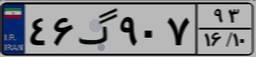
۲۸گ۴۰۵۰۲